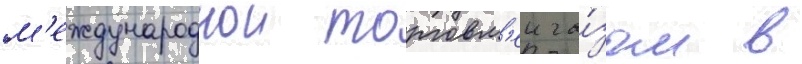
м'еждународнои торговл'еи га́зом в